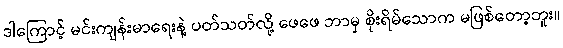
ဒါကြောင့် မင်းကျန်းမာရေးနဲ့ ပတ်သတ်လို့ ဖေဖေ ဘာမှ စိုးရိမ်သောက မဖြစ်တော့ဘူး။